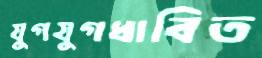
যুগযুগধাবিত